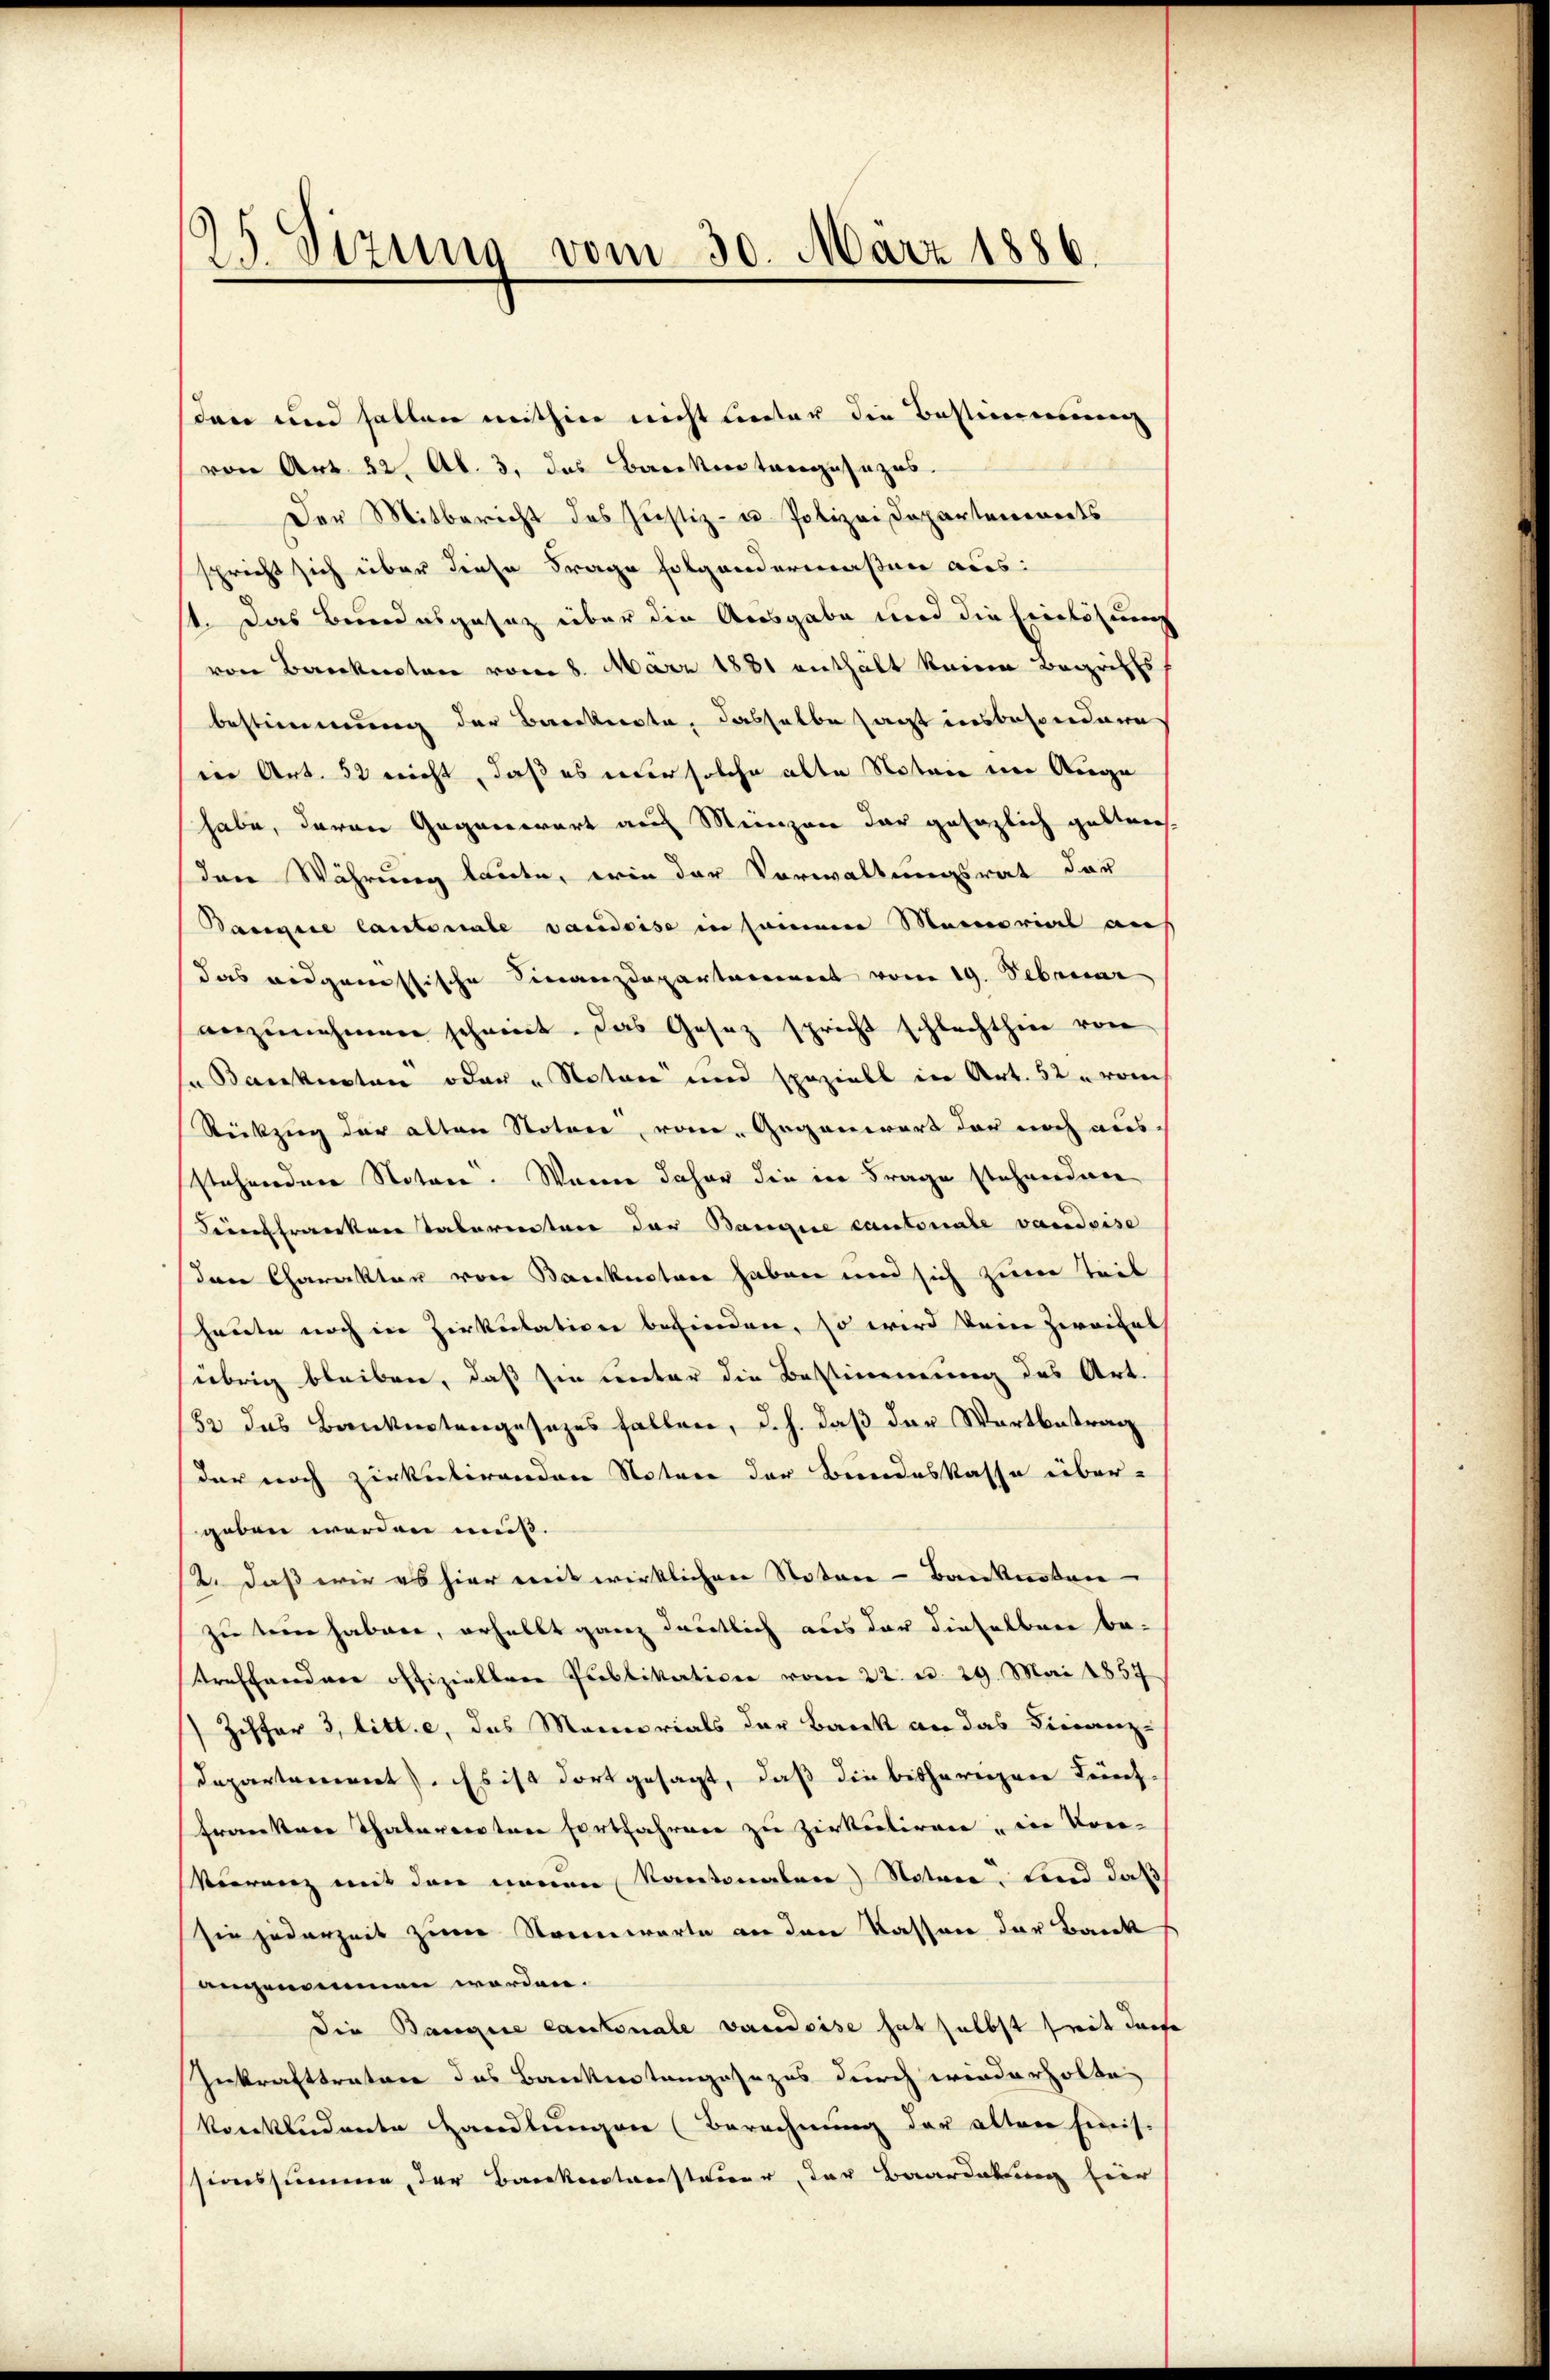
25. Sizung vom 30. März 1886.

sten und halten mithin nicht lecter die Bestimmung
von Art. 32 Al. 3. das Barkerstangesezes.
Der Mitbericht des Justiz- u. Polizei Departenwerts
spricht sich über diese Frage folgendermaßen aus:
1. Das Bundesgasaz über die Ausgabe und die Einlösungs
von Backersten vom 8. März 1881 enthält keine Begriffs
bestimmung der Brocknete, dasselbe sagt insbesondere
in Art. 52 nicht, daß es nur solche alte Notare im Auge
habe, daran Gegenwart auf Meinzen der gesaglich gelten.
den Währung laute, wie der Vorwaltungsrat dar
Bangire lautenale vaudoise in seinem Maimorial an
das eidgenössische Finanzdepartement vom 19. Februar
anzunehmen scheint. Das Gesez spricht schlechthin von
u Banknoten oder „Notare und speziell in Art. 52 u vom
Rückzug der alten Noten vom Gegenwart der noch aus
stehendener Notare. Warne daher die in Frage stehenden
Sein franken Tabarentare der Bangire cantonale vaudoise
den Charakten von Banknotare haben und sich zum Teil
heute noch in Zirkulation befinden, so wird kein Zweifel
übrig bleiben, daß sie unter die Bestimmung des Art.
182 das Banknotengesezes fallen, d. h. daß der Wartbetrag
der noch zirketirenden Notare der Bundeskasse über-
geben werden muß.
2. daß wie es hier weit wirklicher Notar - Banknoten
zu sein haben, erhellt ganz deutlich aus der dieselben be-
trafandner offiziellere Publikation vom 22. d. 29. Mai 1857
 Ziffer 3, litt. e, das Memorials der Bacek an das Finanz-
Departement. Es ist dort gesagt, daß die bisherigen Berech-
Frankere Thalerenten Fortfahren zu zirkuliren, in Kon-
Veerenz mit den neuen Kantonalen) Notari, Land daß
sie jederzeit zum Strennwarte an den Kassen der Bank
angenommen worden.
die Bangire cantonale vendeise hat selbst seit dass
Inkrafttratore das Bankenstangesezes durch wiederholte
konkludente Handlungen (Berechnung der alten Einis-
sionssumme, der Bankenstansteuer, der Baardakung hier